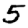
Digit: 5